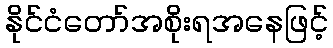
နိုင်ငံတော်အစိုးရအနေဖြင့်